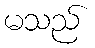
မသည်